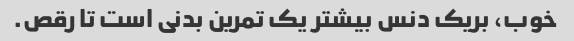
خوب، بریک دنس بیشتر یک تمرین بدنی است تا رقص.